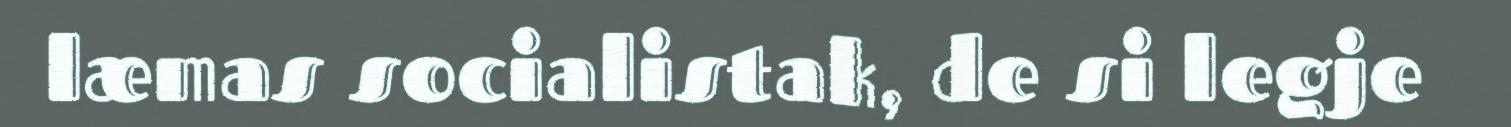
læmas socialistak, de si legje